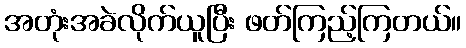
အတုံးအခဲလိုက်ယူပြီး ဖတ်ကြည့်ကြတယ်။